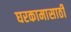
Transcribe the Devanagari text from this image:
घरकामासाठी